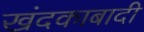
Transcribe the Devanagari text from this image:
खंदकाबादी